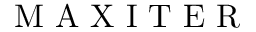
\mathrm { ~ M ~ A ~ X ~ I ~ T ~ E ~ R ~ }